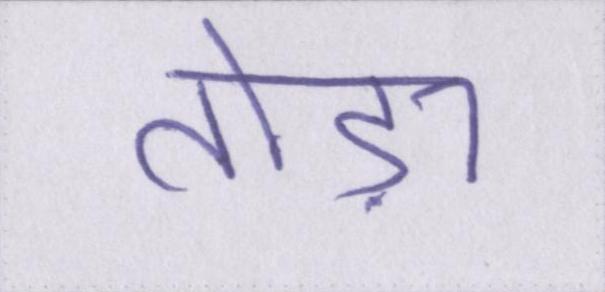
तोड़ा